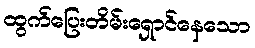
ထွက်ပြေးတိမ်းရှောင်နေသော